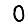
Digit: 0